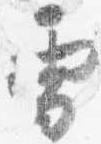
雪